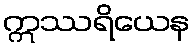
ဣဿရိယေန